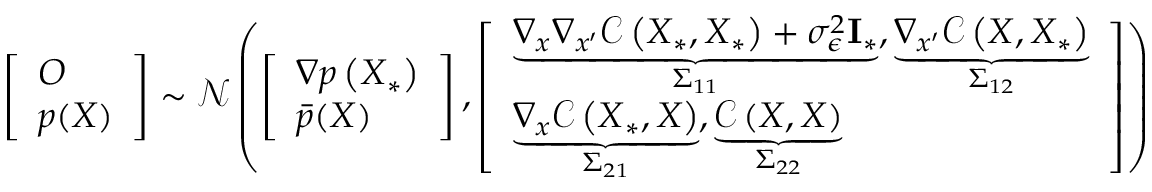
\left[ \begin{array} { l } { \boldsymbol { O } } \\ { p ( \boldsymbol { X } ) } \end{array} \right] \sim \mathcal { N } \left( \left[ \begin{array} { l } { \nabla p \left( \boldsymbol { X } _ { * } \right) } \\ { \bar { p } ( \boldsymbol { X } ) } \end{array} \right] , \left[ \begin{array} { l } { \underbrace { \nabla _ { \boldsymbol { x } } \nabla _ { \boldsymbol { x } ^ { \prime } } \mathcal { C } \left( \boldsymbol { X } _ { * } , \boldsymbol { X } _ { * } \right) + \sigma _ { \epsilon } ^ { 2 } \mathbf { I } _ { * } } _ { \Sigma _ { 1 1 } } , \underbrace { \nabla _ { \boldsymbol { x } ^ { \prime } } \mathcal { C } \left( \boldsymbol { X } , \boldsymbol { X } _ { * } \right) } _ { \Sigma _ { 1 2 } } } \\ { \underbrace { \nabla _ { \boldsymbol { x } } \mathcal { C } \left( \boldsymbol { X } _ { * } , \boldsymbol { X } \right) } _ { \Sigma _ { 2 1 } } , \underbrace { \mathcal { C } \left( \boldsymbol { X } , \boldsymbol { X } \right) } _ { \Sigma _ { 2 2 } } } \end{array} \right] \right)